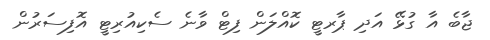
ޖާބެ އާ ގުޅޭ އަދި ޕާރޓީ ކޮއްލަން ފިޓް ވާނެ ސެކިއުރިޓީ އޮފިސަރުން